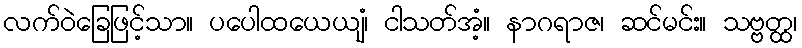
လက်ဝဲခြေဖြင့်သာ။ ပပေါထယေယျံ၊ ငါသတ်အံ့။ နာဂရာဇ၊ ဆင်မင်း။ သဗ္ဗတ္ထ၊